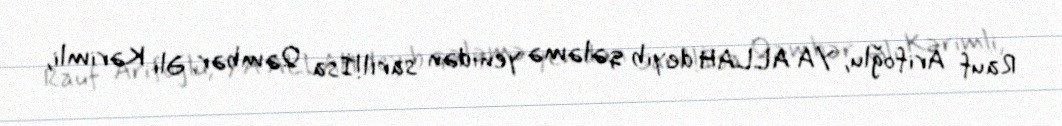
Rauf Arifoğlu, YA ALLAH deyib qələmə yenidən sarıl!İsa Qəmbər, Əli Kərimli,